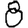
Digit: 8